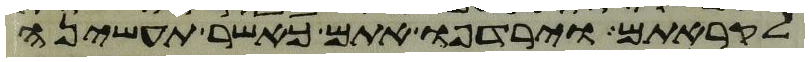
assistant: לקראתם וירדפו אתם כאשר תעשינה